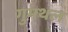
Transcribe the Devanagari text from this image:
गुमथल